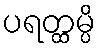
ပရတ္ထမ္ပိ